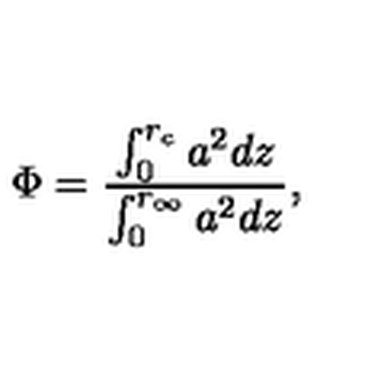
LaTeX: \Phi = \frac { \int _ { 0 } ^ { r _ { c } } a ^ { 2 } d z } { \int _ { 0 } ^ { r _ { \infty } } a ^ { 2 } d z } ,